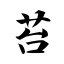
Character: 苔